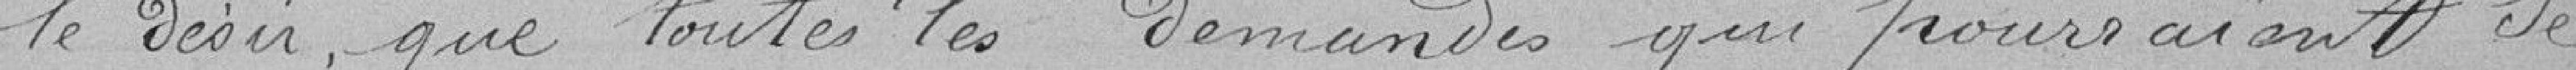
le désir, que toutes les demandes qui pourraient se